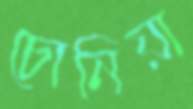
চোনিয়া